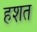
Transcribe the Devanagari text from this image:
हशत